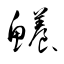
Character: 鱶